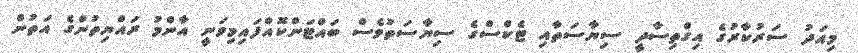
މިއަދު ސަރުކާރުގެ އިގްތިސާދީ ސިޔާސަތާއި ޓެކްސްގެ ސިޔާސަތުވެސް ބައްޓަންކޮއްފައިމިވަނީ އާންމު ރައްޔިތުންގެ އަތުން